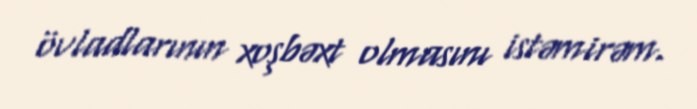
övladlarının xoşbəxt olmasını istəmirəm.